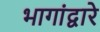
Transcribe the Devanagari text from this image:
भागांद्वारे